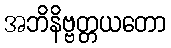
အဘိနိဗ္ဗတ္တယတော